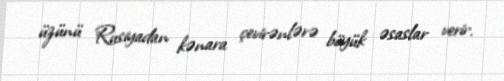
üzünü Rusiyadan kənara çevirənlərə böyük əsaslar verir.